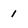
Character: 1